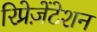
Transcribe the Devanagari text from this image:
रिप्रेज़ेंटेशन